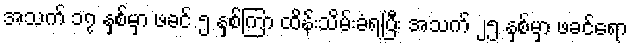
အသက် ၁၇ နှစ်မှာ ဖခင် ၅ နှစ်ကြာ ထိန်းသိမ်းခံရပြီး အသက် ၂၅ နှစ်မှာ ဖခင်ရော